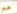
مع